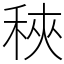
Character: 𥞵